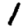
Digit: 1